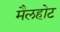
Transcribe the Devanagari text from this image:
मैलहोट